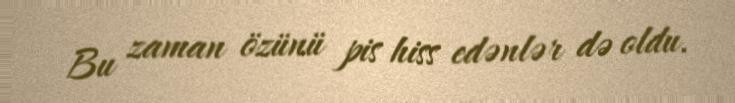
Bu zaman özünü pis hiss edənlər də oldu.